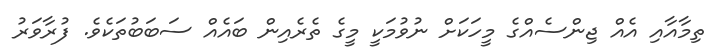
ތިމާއާއި އެއް ޖިންސެއްގެ މީހަކަށް ނުވުމަކީ މީގެ ތެރެއިން ބައެއް ސަބަބުތަކެވެ. ފުރާވަރު